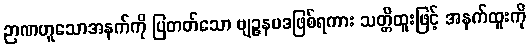
ဉာဏဟူသောအနက်ကို ပြတတ်သော ဗျဉ္ဇနပဒဖြစ်ရကား သတ္တိထူးဖြင့် အနက်ထူးကို